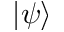
\vert \psi \rangle